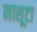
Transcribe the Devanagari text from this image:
नासूटा